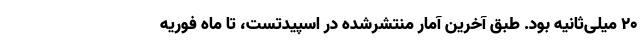
۲۰ میلی‌ثانیه بود. طبق آخرین آمار منتشرشده در اسپیدتست، تا ماه فوریه